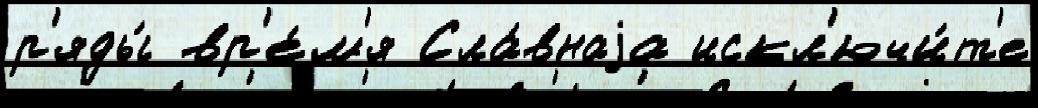
р'яды́ вр'е́м'я Сла́внаjа искл'ючи́т'е